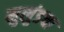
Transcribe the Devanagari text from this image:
मुलुंडचा